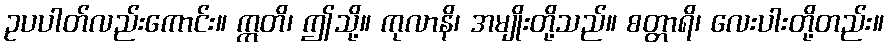
ဥပပါတ်လည်းကောင်း။ ဣတိ၊ ဤသို့။ ကုလာနိ၊ အမျိုးတို့သည်။ စတ္တာရိ၊ လေးပါးတို့တည်း။